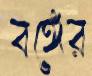
বঙ্গের